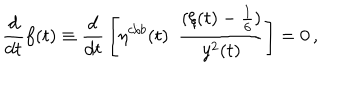
{ \frac { d } { d t } } f ( t ) \equiv { \frac { d } { d t } } \left[ \eta ^ { c / b } ( t ) ~ ~ { \frac { ( \xi ( t ) - { \frac { 1 } { 6 } } ) } { y ^ { 2 } ( t ) } } \right] = 0 \, ,